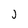
Character: j